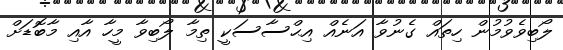
ލޯބިވެވުމުން ހިތައް ގެނުވާ އަނެއް އިޙްސާސަކީ ތިމާ ލޯބިވާ މީހާ އާއި މާބޮޑަށް